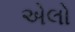
એલો